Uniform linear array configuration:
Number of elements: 16
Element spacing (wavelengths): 0.75
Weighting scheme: cosine
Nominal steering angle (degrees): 60
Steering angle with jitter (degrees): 61.446
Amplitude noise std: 0.05
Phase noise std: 0.05

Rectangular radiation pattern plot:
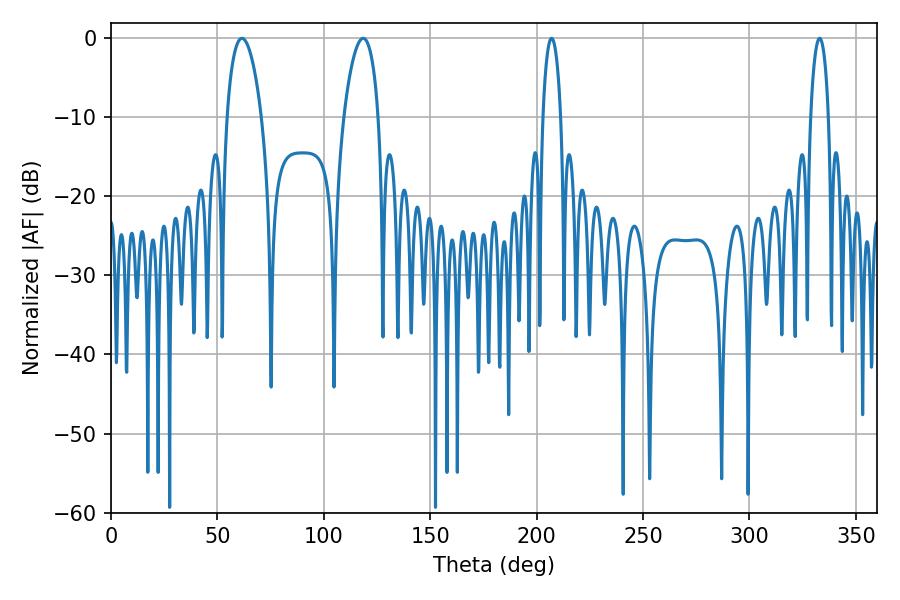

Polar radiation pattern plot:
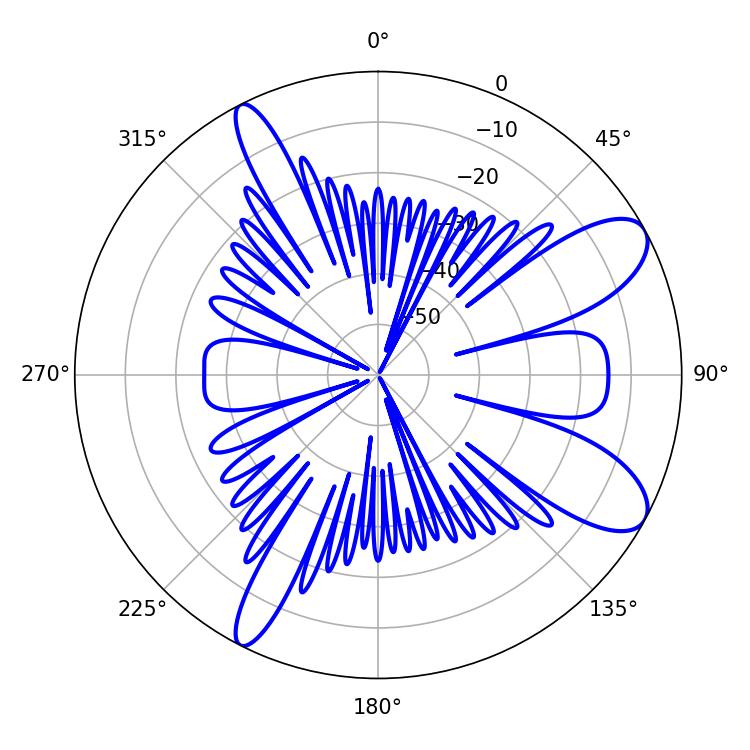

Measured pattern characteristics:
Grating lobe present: TRUE
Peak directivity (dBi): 9.447
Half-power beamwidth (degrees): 9.18
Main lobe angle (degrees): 61.56